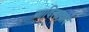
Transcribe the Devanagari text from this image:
आदिलावाद